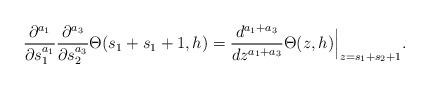
LaTeX: \begin{align*} \frac{ \partial^{a_1} }{ \partial s_{1}^{a_1} } \frac{ \partial^{a_3}}{\partial s_{2}^{a_3}} \Theta(s_1+s_1+1,h) = \frac{d^{a_1+a_3}}{dz^{a_1+a_3}} \Theta(z,h) \Big|_{z=s_1+s_2+1}. \end{align*}